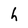
Character: h